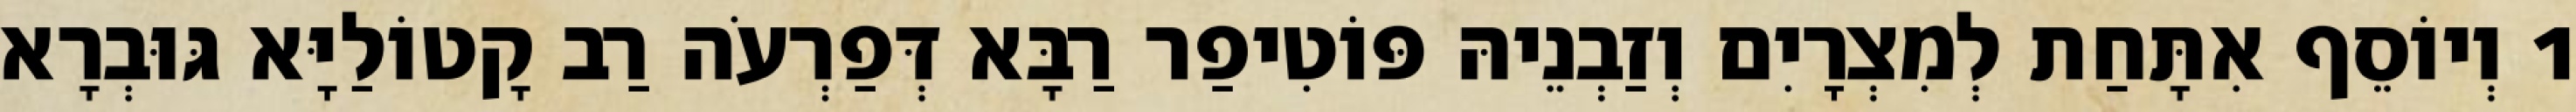
1 וְיוֹסֵף אִתָּחַת לְמִצְרָיִם וְזַבְנֵיהּ פּוֹטִיפַר רַבָּא דְּפַרְעֹה רַב קָטוֹלַיָּא גּוּבְרָא